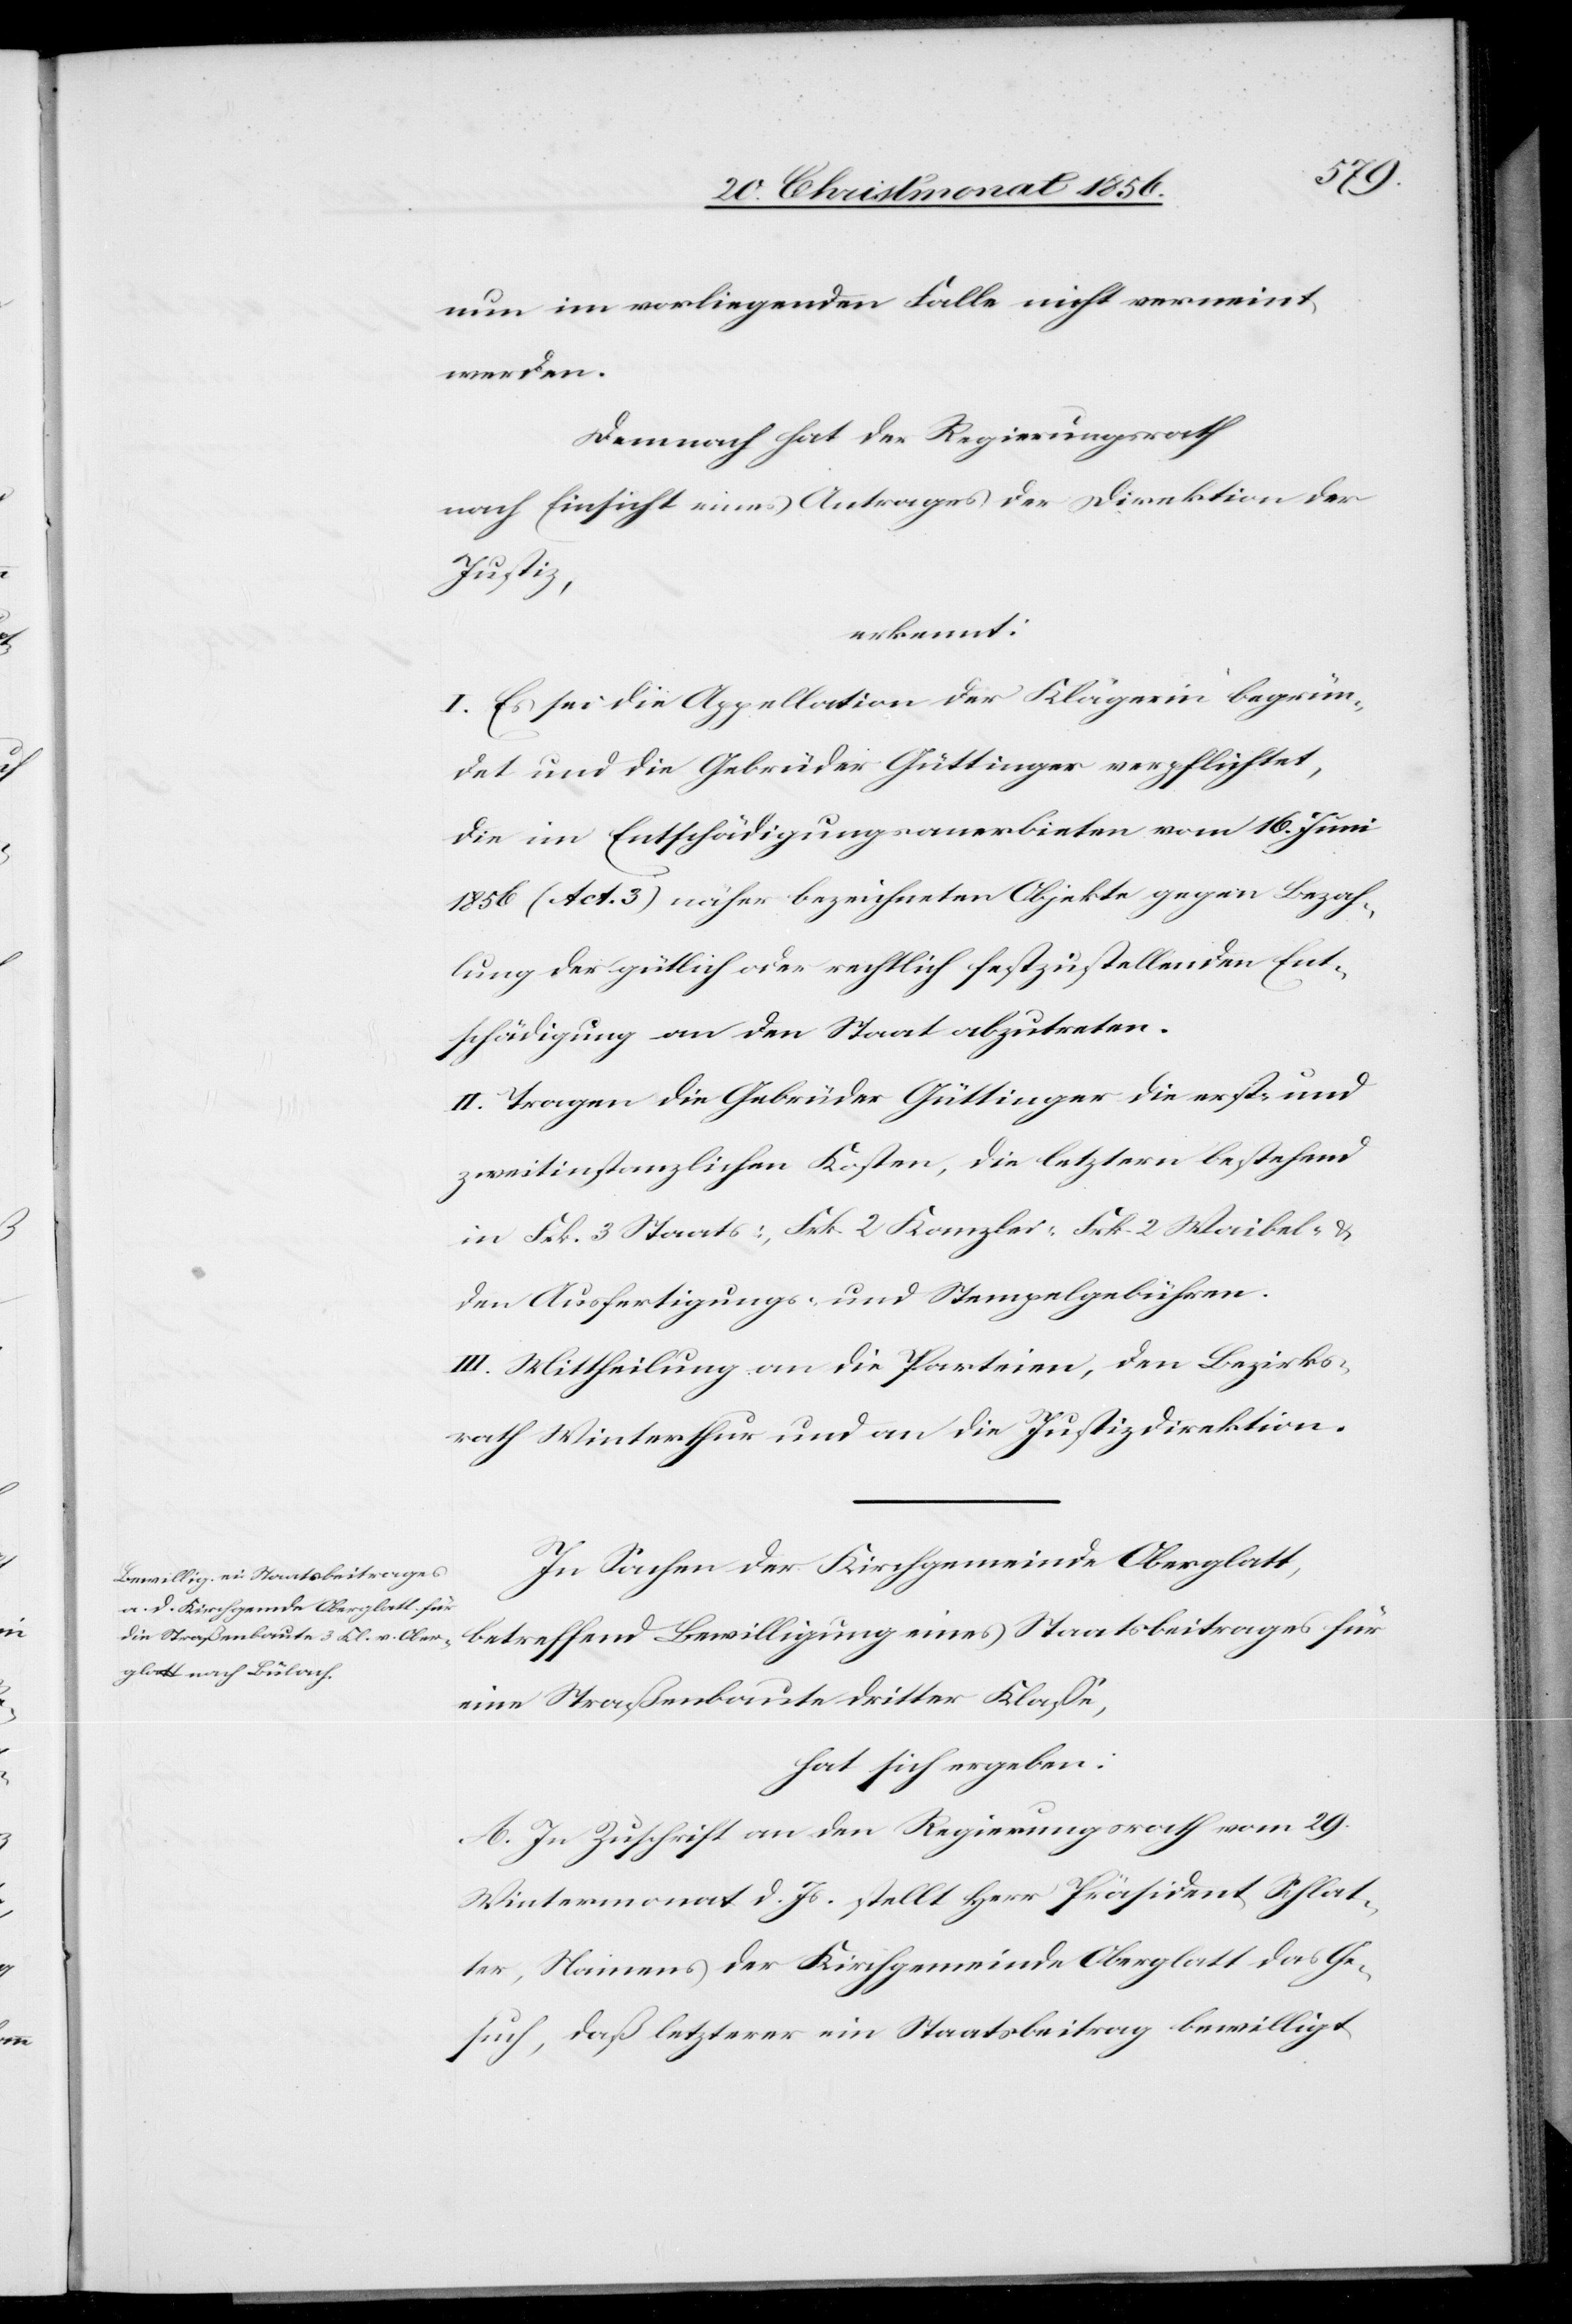
nun im vorliegenden Falle nicht verneint
werden.
Demnach hat der Regierungsrath
nach Einsicht eines Antrages der Direktion der
Justiz,
erkennt:
I. Es sei die Appellation der Klägerin begrün¬
det und die Gebrüder Güttinger verpflichtet,
die im Entschädigungsanerbieten vom 16. Juni
1856 (Act. 3) näher bezeichneten Objekte gegen Bezah¬
lung der gütlich oder rechtlich festzustellenden Ent¬
schädigung an den Staat abzutreten.
II. Tragen die Gebrüder Güttinger die erst- und
zweitinstanzlichen Kosten, die letztern bestehend
in Frk. 3 Staats-, Frk. 2 Kanzlei-[,] Frk. 2 Waibel- &
den Ausfertigungs- und Stempelgebühren.
III. Mittheilung an die Parteien, den Bezirks¬
rath Winterthur und an die Justizdirektion.
In Sachen der Kirchgemeinde Oberglatt,
betreffend Bewilligung eines Staatsbeitrages für
eine Straßenbaute dritter Klasse,
hat sich ergeben:
A. In Zuschrift an den Regierungsrath vom 29.
Wintermonat d. Js. stellt Herr Präsident Schlat¬
ter, Namens der Kirchgemeinde Oberglatt das Ge¬
such, daß letzterer ein Staatsbeitrag bewilligt